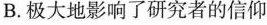
B. 极大地影响了研究者的信仰